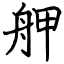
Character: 舺